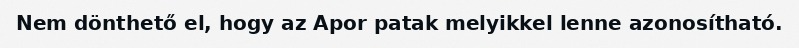
Nem dönthető el, hogy az Apor patak melyikkel lenne azonosítható.